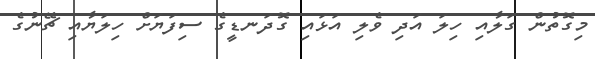
މިގޮތުން ގަލާއި ހިލަ އަދި ވެލި އަޅައި ގޮދަނޑީގެ ސިފަޔަށް ހިލަޔާއި ޗޭނުގެ